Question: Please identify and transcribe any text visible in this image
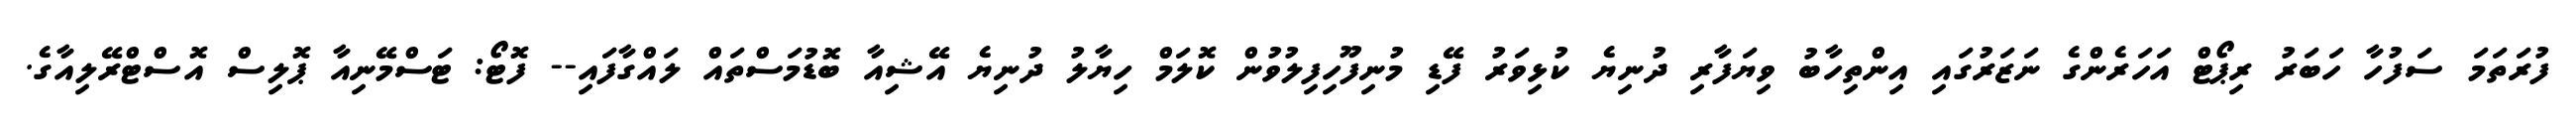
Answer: ފުރަތަމަ ސަފުހާ ހަބަރު ރިޕޯޓް އަހަރެންގެ ނަޒަރުގައި އިންތިހާބު ވިޔަފާރި ދުނިޔެ ކުޅިވަރު ފޭޑި މުނިފޫހިފިލުވުން ކޮލަމް ހިޔާލު ދުނިޔެ އޭޝިއާ ބޮޑުމަސްތައް ލައްގާފައި-- ފޮޓޯ: ޓަސްމޭނިއާ ޕޮލިސް އޮސްޓްރޭލިއާގެ.